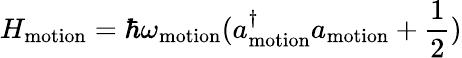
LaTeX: H_{\mathrm{motion}}=\hbar\omega_{\mathrm{motion}}(a_{\mathrm{motion}}^{\dagger}a_{\mathrm{motion}}+\frac{1}{2})